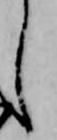
し